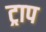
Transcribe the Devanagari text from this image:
ट्राप